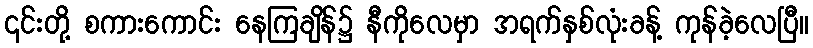
၎င်းတို့ စကားကောင်း နေကြချိန်၌ နီကိုလေမှာ အရက်နှစ်လုံးခန့် ကုန်ခဲ့လေပြီ။